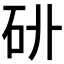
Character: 𥐫